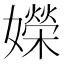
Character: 嬫